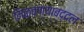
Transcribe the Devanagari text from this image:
मिळवण्याबद्दल